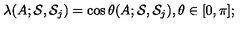
\lambda ( A ; { \cal S } , { \cal S } _ { j } ) = \cos \theta ( A ; { \cal S } , { \cal S } _ { j } ) , \theta \in [ 0 , \pi ] ;